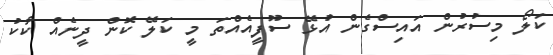
ކަލޯ މިސުރުން އައިސްގެން އުޅޭ ސޫފީއެއްތަ މީ ކަލޭ ކޮން ދީނެއް ކާކު